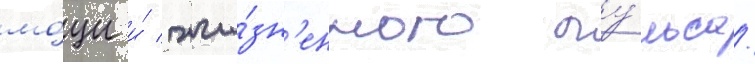
мо́щи и́ жи́зн'енного пу́льса.